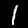
Digit: 1